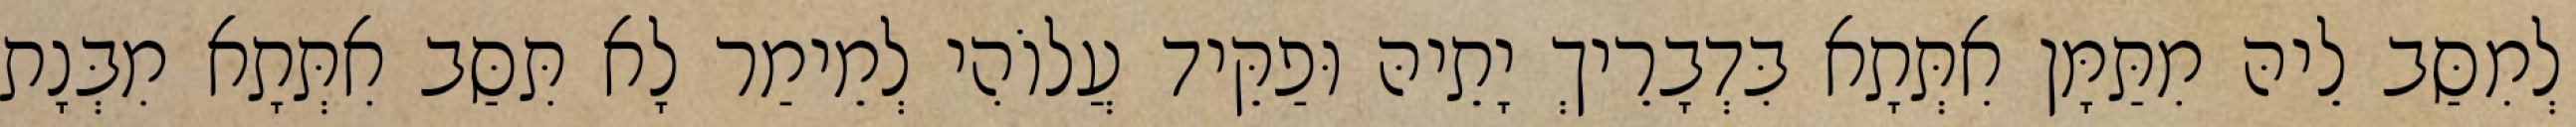
לְמִסַּב לֵיהּ מִתַּמָּן אִתְּתָא בִּדְבָרֵיךְ יָתֵיהּ וּפַקֵּיד עֲלוֹהִי לְמֵימַר לָא תִּסַּב אִתְּתָא מִבְּנָת